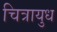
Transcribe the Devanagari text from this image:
चित्रायुध